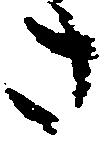
さ